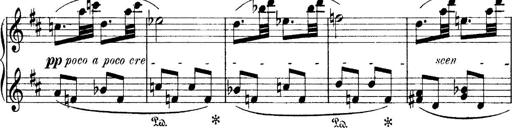
Title: 4 Sonatines
Composer: Max Reger